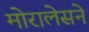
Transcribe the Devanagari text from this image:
मोरालेसने